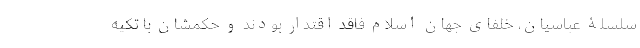
سلسلۀ عباسیان، خلفای جهان اسلام فاقد اقتدار بودند و حکمشان با تکیه